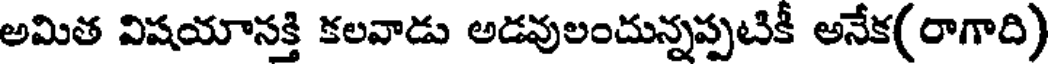
అమిత విషయానక్తి కలవాడు అడవులందున్నప్పటికీ అనేక(రాగాది)